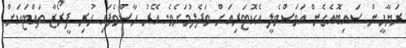
ރަޔާހީން ސައިބޮއެގެން އަވަސްވެލީ އެކޮޓަރިއަށް ވަދެލުމަށެވެ. އޭރު ހާސްވެފައި ހުރި ފީރޯޒާ ތައްޓަކަށް